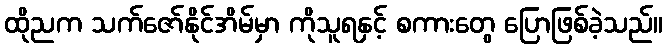
ထိုညက သက်ဇော်နိုင်အိမ်မှာ ကိုသူရနှင့် စကားတွေ ပြောဖြစ်ခဲ့သည်။